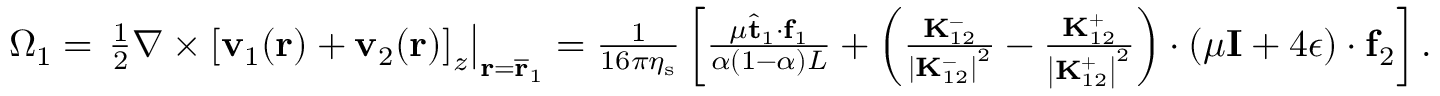
\begin{array} { r } { \Omega _ { 1 } = \left. \frac { 1 } { 2 } \nabla \times \left[ \mathbf { v } _ { 1 } ( \mathbf { r } ) + \mathbf { v } _ { 2 } ( \mathbf { r } ) \right] _ { z } \right| _ { \mathbf { r } = \overline { { \mathbf { r } } } _ { 1 } } = \frac { 1 } { 1 6 \pi \eta _ { \mathrm { s } } } \left[ \frac { \mu \hat { \mathbf { t } } _ { 1 } \cdot \mathbf { f } _ { 1 } } { \alpha ( 1 - \alpha ) L } + \left( \frac { \mathbf { K } _ { 1 2 } ^ { - } } { \left| \mathbf { K } _ { 1 2 } ^ { - } \right| ^ { 2 } } - \frac { \mathbf { K } _ { 1 2 } ^ { + } } { \left| \mathbf { K } _ { 1 2 } ^ { + } \right| ^ { 2 } } \right) \cdot \left( \mu \mathbf { I } + 4 \boldsymbol { \epsilon } \right) \cdot \mathbf { f } _ { 2 } \right] . } \end{array}